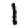
Digit: 1